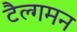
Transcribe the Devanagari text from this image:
टैल्गमन